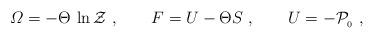
LaTeX: \begin{align*}{\mit\Omega}=-\Theta\,\ln{\cal Z}\ , \qquad F=U-\Theta S\ ,\qquad U=-{\cal P}_{_0} \ ,\end{align*}